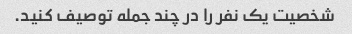
شخصیت یک نفر را در چند جمله توصیف کنید.